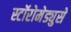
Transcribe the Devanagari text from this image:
स्टॉरोमेड्युसे